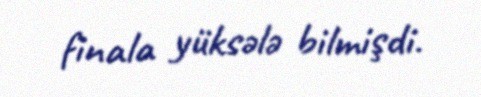
finala yüksələ bilmişdi.